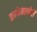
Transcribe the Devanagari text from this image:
कन्फेक्शनेरी